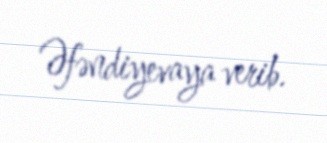
Əfəndiyevaya verib.